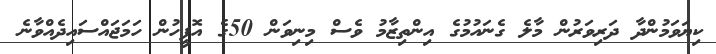
ކިޔަވަމުންދާ ދަރިވަރުން މާލެ ގެނައުމުގެ އިންތިޒާމު ވެސް މިނިވަން 50ގެ އޮފީހުން ހަމަޖައްސައިދެއްވާނެ